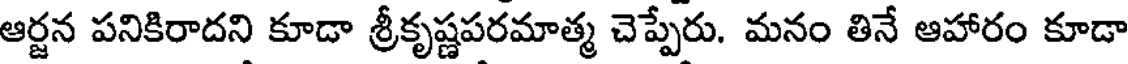
ఆర్జన పనికిరాదని కూడా శ్రీకృష్ణపరమాత్మ చెప్పేరు. మనం తినే ఆహారం కూడా